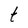
Character: t